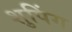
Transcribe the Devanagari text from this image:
शुपिंग